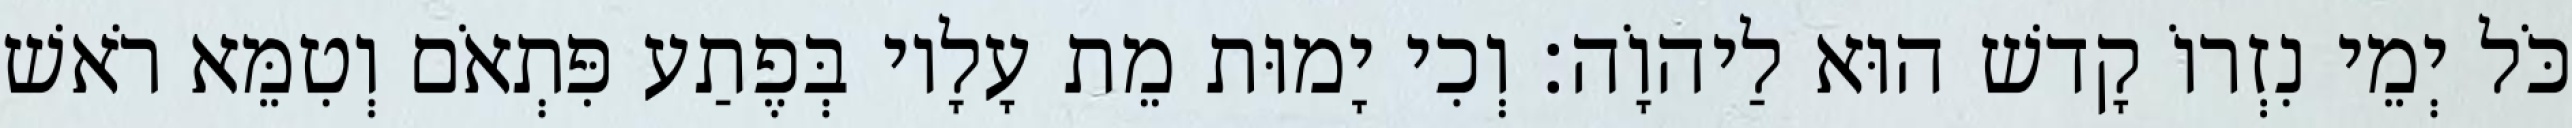
כֹּל יְמֵי נִזְרוֹ קָדשׁ הוּא לַיהוָֹה׃ וְכִי יָמוּת מֵת עָלָיו בְּפֶתַע פִּתְאֹם וְטִמֵּא רֹאשׁ